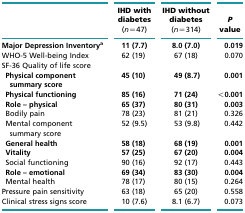
<table><thead><tr><td></td><td><b>IHD with diabetes (<i>n</i>=47)</b></td><td><b>IHD without diabetes (<i>n</i>=314)</b></td><td><b><i>P</i> value</b></td></tr></thead><tbody><tr><td><b>Major Depression Inventory</b><b>a</b></td><td><b>11 (7.7)</b></td><td><b>8.0 (7.0)</b></td><td><b>0.019</b></td></tr><tr><td>WHO-5 Well-being Index</td><td>62 (19)</td><td>67 (18)</td><td>0.070</td></tr><tr><td>SF-36 Quality of life score</td><td></td><td></td><td></td></tr><tr><td> <b>Physical component summary score</b></td><td><b>45 (10)</b></td><td><b>49 (8.7)</b></td><td><b>0.001</b></td></tr><tr><td> <b>Physical functioning </b></td><td><b>85 (16)</b></td><td><b>71 (24)</b></td><td><b>&lt;0.001</b></td></tr><tr><td> <b>Role</b><b> – </b><b>physical</b></td><td><b>65 (37)</b></td><td><b>80 (31)</b></td><td><b>0.003</b></td></tr><tr><td> Bodily pain</td><td>78 (23)</td><td>81 (21)</td><td>0.326</td></tr><tr><td> Mental component summary score</td><td>52 (9.5)</td><td>53 (9.8)</td><td>0.442</td></tr><tr><td> <b>General health</b></td><td><b>58 (18)</b></td><td><b>68 (19)</b></td><td><b>0.001</b></td></tr><tr><td> <b>Vitality</b></td><td><b>57 (25)</b></td><td><b>67 (20)</b></td><td><b>0.004</b></td></tr><tr><td> Social functioning </td><td>90 (16)</td><td>92 (17)</td><td>0.443</td></tr><tr><td> <b>Role</b><b> – </b><b>emotional</b></td><td><b>69 (34)</b></td><td><b>83 (30)</b></td><td><b>0.004</b></td></tr><tr><td> Mental health</td><td>78 (17)</td><td>80 (15)</td><td>0.264</td></tr><tr><td>Pressure pain sensitivity</td><td>63 (18)</td><td>65 (20)</td><td>0.558</td></tr><tr><td>Clinical stress signs score</td><td>10 (7.6)</td><td>8.1 (6.7)</td><td>0.073</td></tr></tbody></table>